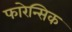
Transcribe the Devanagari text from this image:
फारेन्सिक